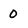
Character: 0